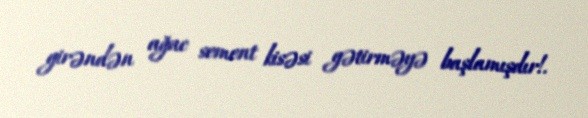
girəndən ağac sement kisəsi gətirməyə başlamışdır!.